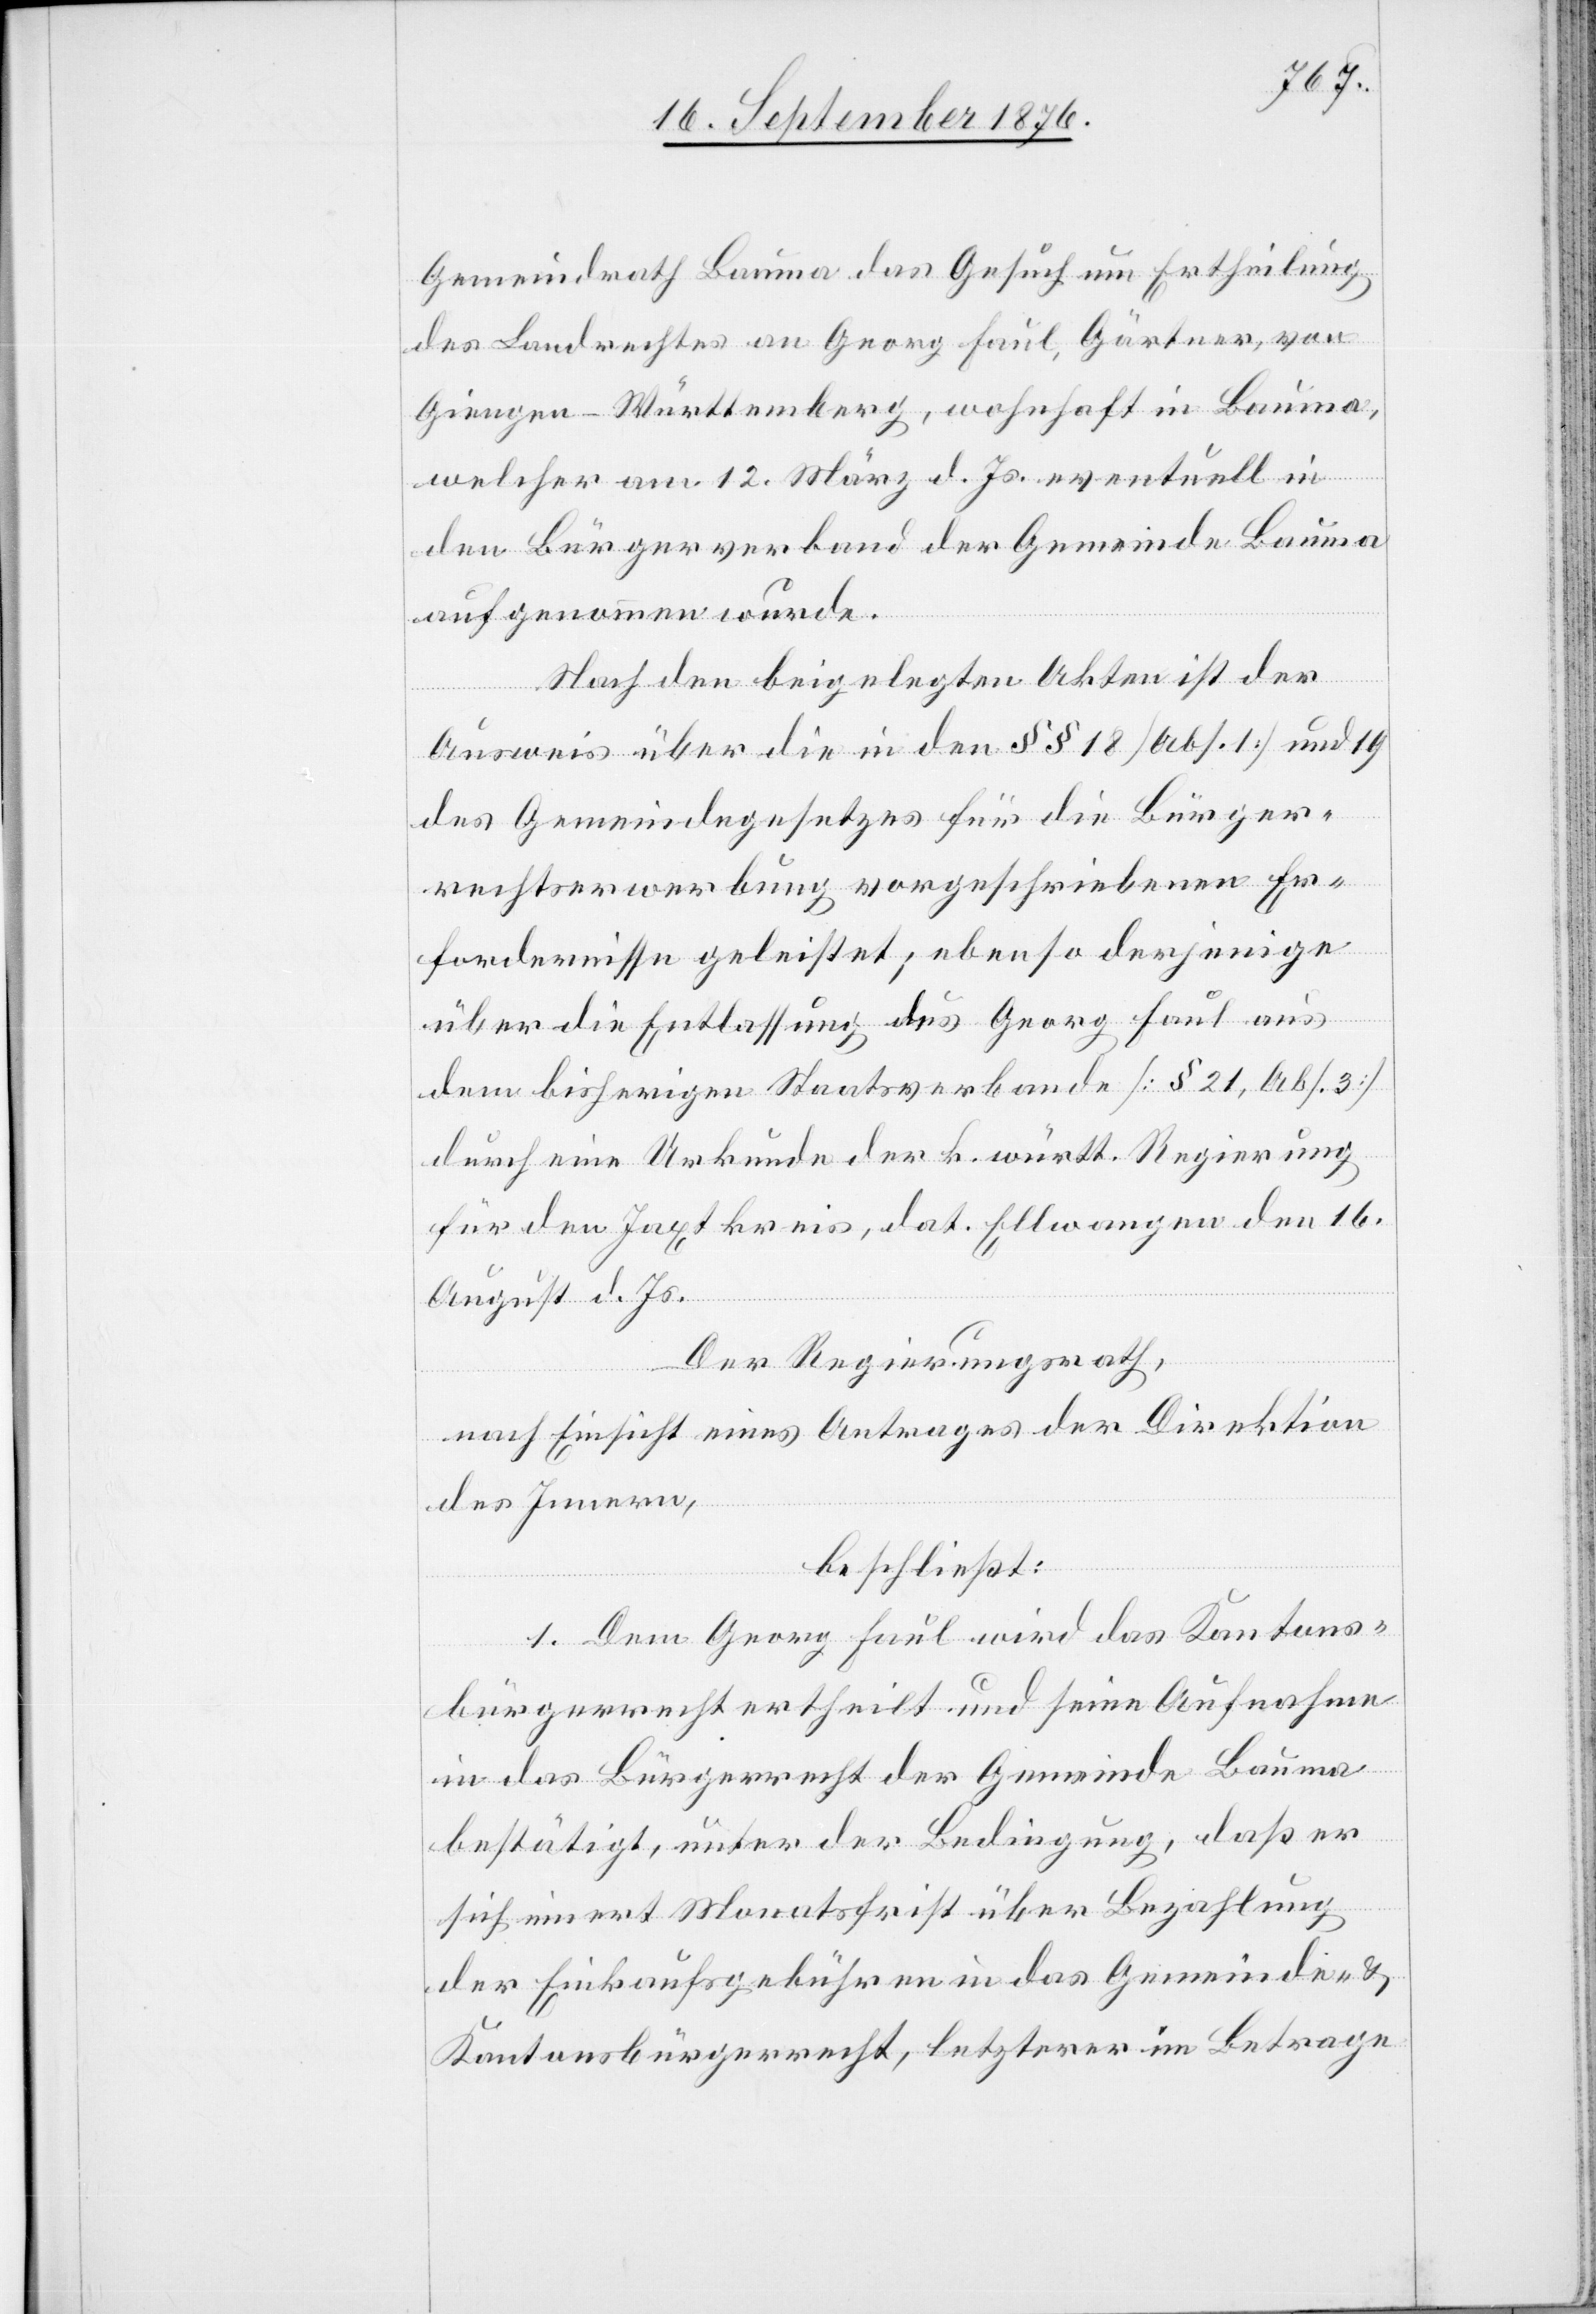
Gemeindrath Bauma das Gesucht um Ertheilung
des Landrechtes an Georg Faul, Gärtner, von
Giengen - Württemberg, wohnhaft in Bauma,
welcher am 12. März d. Js. eventuell in
den Bürgerverband der Gemeinde Bauma
aufgenommen wurde.
Nach den beigelegten Akten ist der
Ausweis über die in den §§ 18 [Abs. 1] und 19
des Gemeindegesetzes für die Bürger¬
rechtserwerbung vorgeschriebenen Er¬
fordernisse geleistet; ebenso derjenige
über die Entlassung des Georg Faul aus
dem bisherigen Staatsverbande [§ 21, Abs. 3]
durch eine Urkunde der k. württ. Regierung
für den Jaxtkreis, dat. Ellwangen den 16.
August d. Js.
Der Regierungsrath,
nach Einsicht eines Antrages der Direktion
des Innern,
beschließt:
1. Dem Georg Faul wird das Kantons¬
bürgerrecht ertheilt und seine Aufnahme
in das Bürgerrecht der Gemeinde Bauma
bestätigt, unter der Bedingung, daß er
sich innert Monatsfrist über Bezahlung
der Einkaufsgebühren in das Gemeinde- und
Kantonsbürgerrecht, letzterer im Betrage